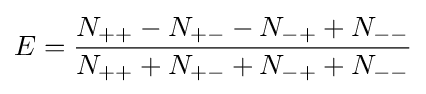
E={\frac {N_{++}-N_{+-}-N_{-+}+N_{--}}{N_{++}+N_{+-}+N_{-+}+N_{--}}}